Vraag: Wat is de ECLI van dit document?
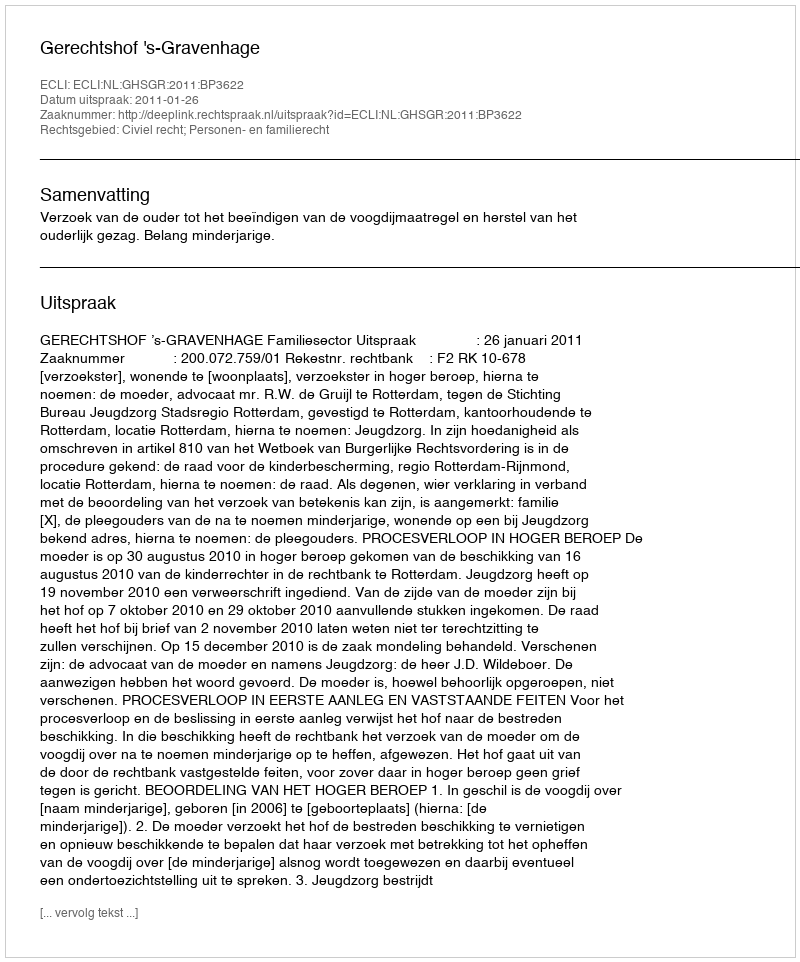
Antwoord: ECLI:NL:GHSGR:2011:BP3622